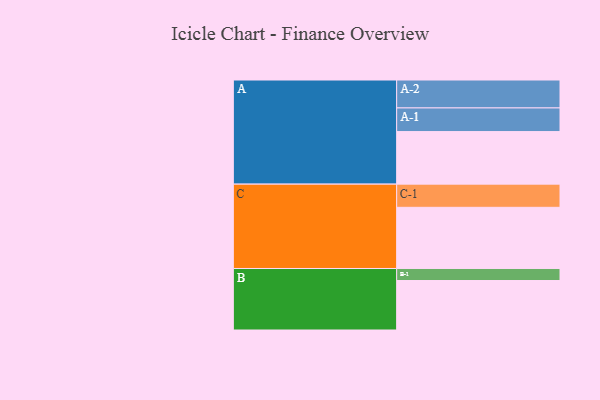
{"axis": {"x": "Segment", "y": "Value"}, "legend": ["", "A", "B", "C"], "data": [{"x": "A", "y": 476, "type": ""}, {"x": "B", "y": 448, "type": ""}, {"x": "C", "y": 554, "type": ""}, {"x": "A-1", "y": 214, "type": "A"}, {"x": "A-2", "y": 253, "type": "A"}, {"x": "B-1", "y": 109, "type": "B"}, {"x": "C-1", "y": 210, "type": "C"}]}